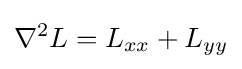
\nabla ^{2}L=L_{xx}+L_{yy}